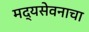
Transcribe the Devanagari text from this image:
मद्यसेवनाचा